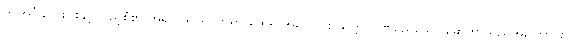
ဤအင်္ဂါလေးပါးနှင့် ပြည့်စုံစွာ အရှင် သာရိပုတ္တရာ ထေရ် အလောင်း ဆတ္တ ပါဏိမည်သော ဆေတ္တာသည်အကြောင်း။